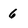
Character: 6